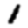
Digit: 1